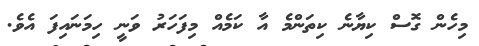
މިހެން ގޮސް ކިޔާނެ ކިތަންމެ އާ ކަމެއް މިފަހަރު ވަނީ ހިމަނައިފަ އެވެ.